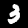
Label: 3